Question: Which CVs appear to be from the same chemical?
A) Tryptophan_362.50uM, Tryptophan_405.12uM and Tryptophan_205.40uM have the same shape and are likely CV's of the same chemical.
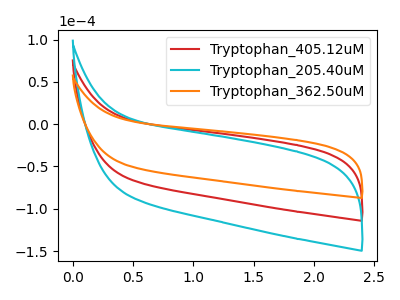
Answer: <think>The red curve "Tryptophan_405.12uM" has no peaks. The cyan curve "Tryptophan_205.40uM" has no peaks. The orange curve "Tryptophan_362.50uM" has no peaks.
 Neither "Tryptophan_405.12uM" or "Tryptophan_205.40uM" have any peaks. Neither "Tryptophan_405.12uM" or "Tryptophan_362.50uM" have any peaks. Neither "Tryptophan_205.40uM" or "Tryptophan_362.50uM" have any peaks.</think>
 <answer>A) "Tryptophan_362.50uM", "Tryptophan_405.12uM" and "Tryptophan_205.40uM" have the same shape and are likely CV's of the same chemical.</answer>
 <eval>A</eval>